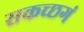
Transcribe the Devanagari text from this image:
सकच्छगं